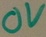
Text: 0V